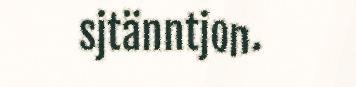
sjtänntjon.